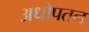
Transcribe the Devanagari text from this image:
अधोपतन